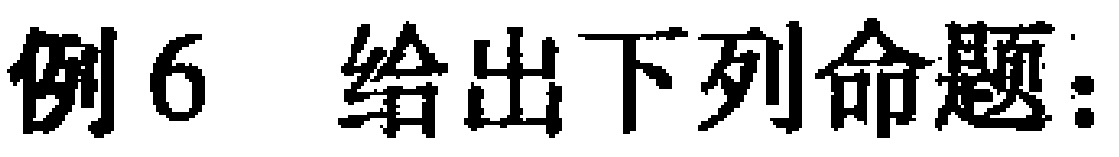
例6 给出下列命题：